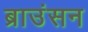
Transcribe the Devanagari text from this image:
ब्राउंसन